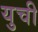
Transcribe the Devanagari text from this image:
युची